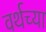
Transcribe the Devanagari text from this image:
वर्थच्या